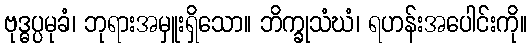
ဗုဒ္ဓပ္ပမုခံ၊ ဘုရားအမှူးရှိသော။ ဘိက္ခုသံဃံ၊ ရဟန်းအပေါင်းကို။